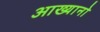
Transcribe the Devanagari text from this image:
आख्यानो